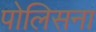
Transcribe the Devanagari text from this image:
पोलिसना